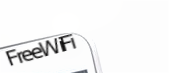
FreeWiFi